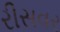
રીસવર